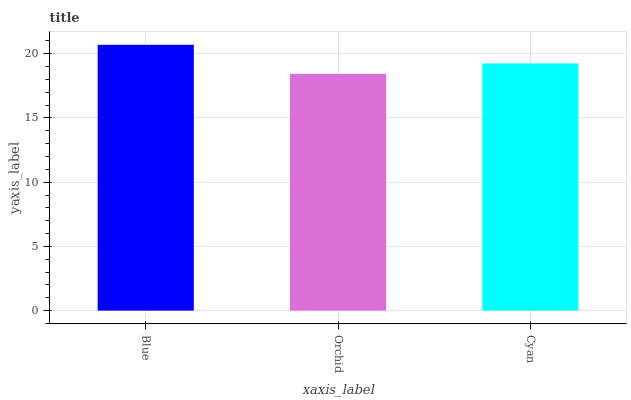
| xaxis_label | bars |
 | --- | --- |
 | Blue | 20.7 |
 | Orchid | 18.4 |
 | Cyan | 19.2 |